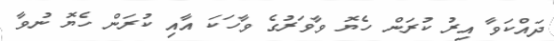
ދައްކަވާ އިރު ކުރަން ހެޔޮ ވާވަރުގެ ވާހަކަ އާއި ކުރަން ހެޔޮ ނުވާ